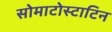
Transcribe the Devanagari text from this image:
सोमाटोस्टाटिन